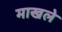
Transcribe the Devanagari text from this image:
माखले